Lunatic asylums Madras 1877-1891 - 1877-1891
Year: 1877
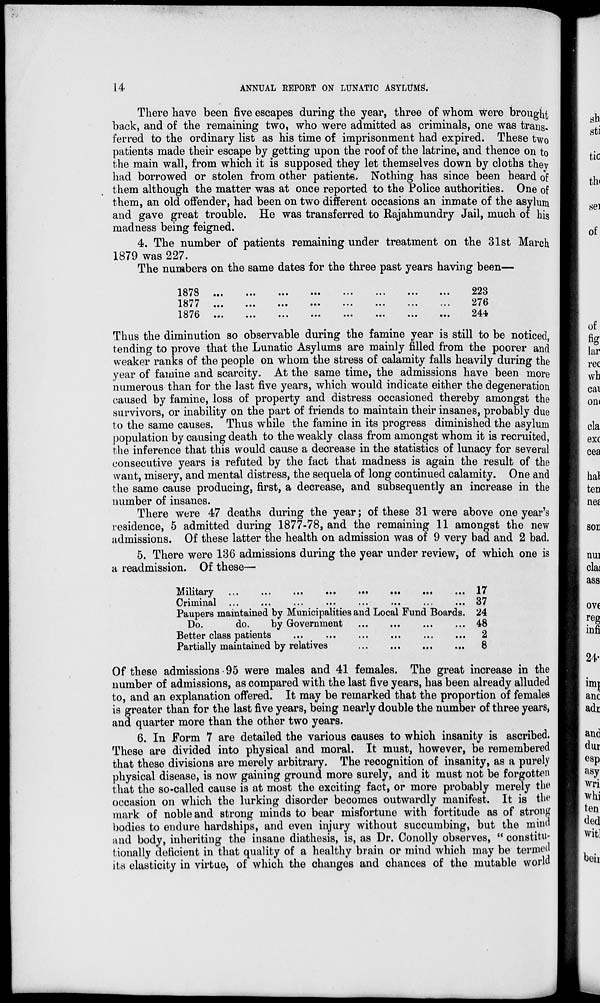
14
ANNUAL REPORT ON LUNATIC ASYLUMS.
There have been five escapes during the year, three of whom were brought
back, and of the remaining two, who were admitted as criminals, one was trans-
ferred to the ordinary list as his time of imprisonment had expired. These two
patients made their escape by getting upon the roof of the latrine, and thence on to
the main wall, from which it is supposed they let themselves down by cloths they
had borrowed or stolen from other patients. Nothing has since been heard of
them although the matter was at once reported to the Police authorities. One of
them, an old offender, had been on two different occasions an inmate of the asylum
and gave great trouble. He was transferred to Rajahmundry Jail, much of his
madness being feigned.
4. The number of patients remaining under treatment on the 31st March
1879 was 227.
The numbers on the same dates for the three past years having been—
1878 ... ... ... ... ... ... ... ...
1877 ... ... ... ... ... ... ... ...
1876 ... ... ... ... ... ... ... ...
223
276
244
Thus the diminution so observable during the famine year is still to be noticed,
tending to prove that the Lunatic Asylums are mainly filled from the poorer and
weaker ranks of the people on whom the stress of calamity falls heavily during the
year of famine and scarcity. At the same time, the admissions have been more
numerous than for the last five years, which would indicate either the degeneration
caused by famine, loss of property and distress occasioned thereby amongst the
survivors, or inability on the part of friends to maintain their insanes, probably due
to the same causes. Thus while the famine in its progress diminished the asylum
population by causing death to the weakly class from amongst whom it is recruited,
the inference that this would cause a decrease in the statistics of lunacy for several
consecutive years is refuted by the fact that madness is again the result of the
want, misery, and mental distress, the sequela of long continued calamity. One and
the same cause producing, first, a decrease, and subsequently an increase in the
number of insanes.
There were 47 deaths during the year; of these 31 were above one year's
residence, 5 admitted during 1877-78, and the remaining 11 amongst the new
admissions. Of these latter the health on admission was of 9 very bad and 2 bad.
5. There were 136 admissions during the year under review, of which one is
a readmission. Of these—
Military
...
...
...
...
...
...
...
...
Criminal ... ... ... ... ... ... ... ...
Paupers maintained by Municipalities and Local Fund Boards.
Do.
do.
by Government
...
...
...
...
Better class patients ... ... ... ... ... ...
Partially maintained by relatives
...
...
...
...
17
37
24
48
2
8
Of these admissions 95 were males and 41 females. The great increase in the
number of admissions, as compared with the last five years, has been already alluded
to, and an explanation offered. It may be remarked that the proportion of females
is greater than for the last five years, being nearly double the number of three years,
and quarter more than the other two years.
6. In Form 7 are detailed the various causes to which insanity is ascribed.
These are divided into physical and moral. It must, however, be remembered
that these divisions are merely arbitrary. The recognition of insanity, as a purely
physical disease, is now gaining ground more surely, and it must not be forgotten
that the so-called cause is at most the exciting fact, or more probably merely the
occasion on which the lurking disorder becomes outwardly manifest. It is the
mark of noble and strong minds to bear misfortune with fortitude as of strong
bodies to endure hardships, and even injury without succumbing, but the mind
and body, inheriting the insane diathesis, is, as Dr. Conolly observes, " constitu-
tionally deficient in that quality of a healthy brain or mind which may be termed
its elasticity in virtue, of which the changes and chances of the mutable world